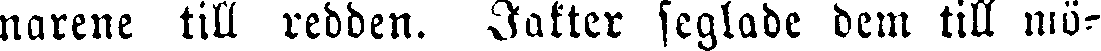
narene till redden. Jakter seglade dem till mö-